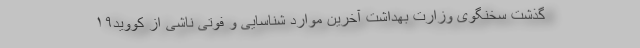
گذشت سخنگوی وزارت بهداشت آخرین موارد شناسایی و فوتی ناشی از کووید۱۹